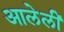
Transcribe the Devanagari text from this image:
आलेलीं